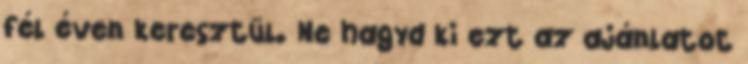
fél éven keresztül. Ne hagyd ki ezt az ajánlatot